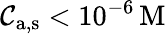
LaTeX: \mathcal{C}_{\mathrm{{a,s}}}<10^{-6}\, \mathrm{{M}}